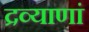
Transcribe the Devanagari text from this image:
द्रव्याणां